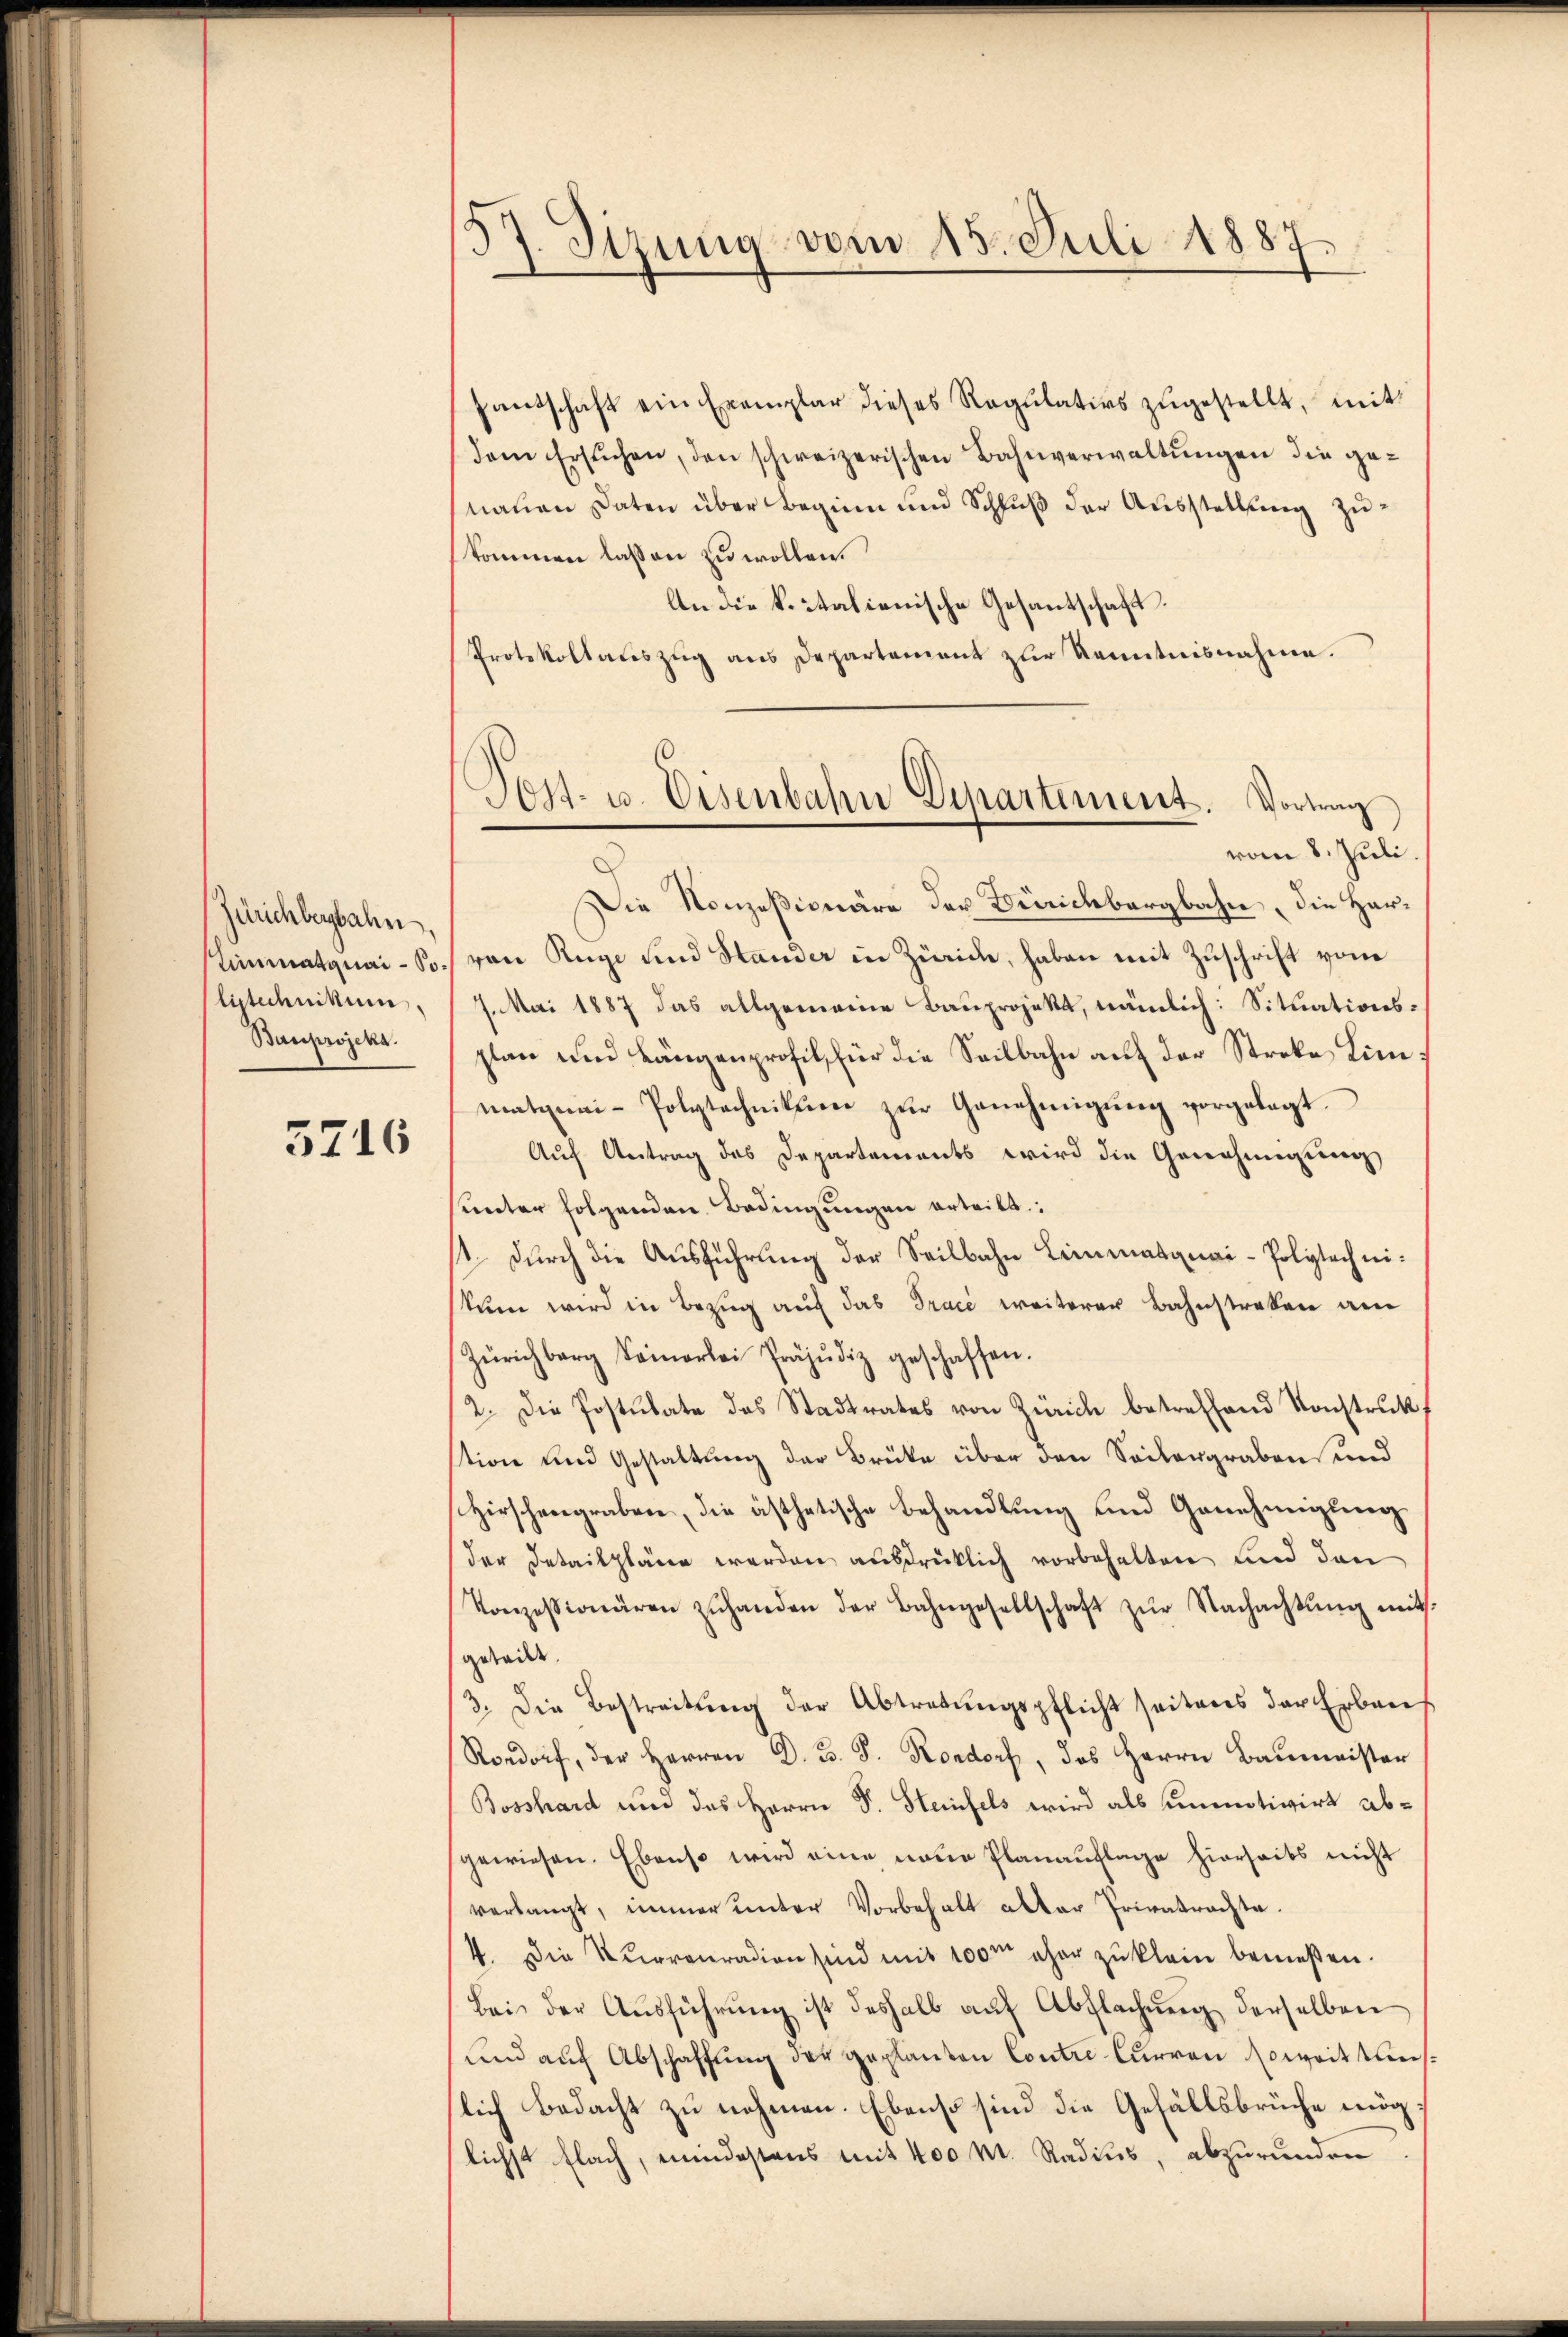
Zürichbergbahn
listechnikum.
Bauprojeka.

5716

5
Sizung vom 15. Juli 1887.

Hantschaft ein Exemplar dieses Regulativs zŭgestellt, mit
dem Ersŭchen, den schweizerischen Bahnverwaltŭngen die genauen Daten über Beginn und Schluß der Ausstellung zukommen lassen zu wollen.
An die k. italienische Gesantschaft.
Protokollauszug aus Departement zur Kenntnisnahme.
vom 8. Juli.
Die Konzesionäre der Berichbergbahn, die Her¬
Limmatquai-Bo. von Rüge und Stander in Zürich, haben mit Zuschrift vom
7. Mai 1887 das allgemeine Bauprojekt, nämlich: Situationsplan und Längenprofil, für die Seilbahn auf der Streke Lini
matiui- Polytechnikum zur Genehmigung vorgelegt.
Auf Antrag des Departements wird die Genehmigung
sunter folgenden Bedingungen erteilt:
1 durch die Ausführung der Seilbahn Limmasquai-Polytechnikum wird in Bezug auf das Trace weiterer Bahnstraken am
Zürichberg Seinerlei Präjŭdiz geschaffen.
2. Die Postulate des Stadtrates von Zürich betreffend Konstruk
stion und Gestaltung der Brücke über den Seitergraben und
Hirschengraben, die ästhetische Behandlung und Genehmigung
der Detailpläne werden ausdrücklich vorbehalten und den
Konzessionären zŭhanden der Bahngesellschaft zŭr Nachachtŭng mits.
geteilt.
3. Die Bestreitŭng der Abtretŭngspflicht seitens der Erbaus
Rordorf, der Herren D. B. J. Kondorf, das Herrn Baumeister
Bosshard und das Herrn P. Steinfels wird als unmotivirt abgewiesen. Ebenso wird eine neue Planauflage hierseits nicht
verlangt, immer unter Vorbehalt alter Privatrachte.
1. Die Kurreuration sind mit 100m eher zu klein bemeßen.
Bei der Aŭsführŭng ist deshalb auf Abflachŭng derselben
und auf Abschaffung der geplanten Contre Curren soweit tauslich Bedacht zu nehmen. Ebenso sind die Gefällsbrüche mög
lichst flach, mindestens mit 400 M. Radius, abzurunden

Dost- u. Eisenbahn Departement. Vortrag